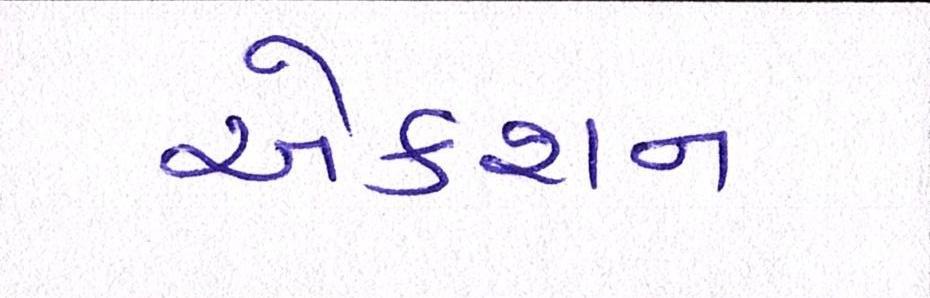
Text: એક્શન